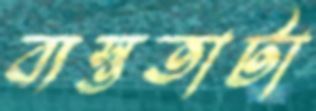
ব্যস্ততাটা